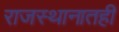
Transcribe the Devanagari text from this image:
राजस्थानातही